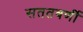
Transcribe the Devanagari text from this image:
सततवर्णी